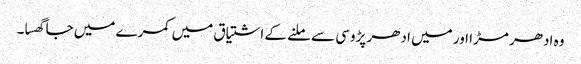
وہ ادھر مڑا اور میں ادھر پڑوسی سے ملنے کے اشتیاق میں کمرے میں جا گھسا۔